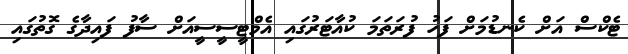
ޓެކްސް އަށް ކެނޑުމަށް ފަހު ފުރަތަމަ ކުއާޓަރުގައި އެމްޓީސީސީއަށް ސާފު ފައިދާގެ ގޮތުގައި